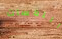
اللمسات